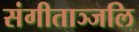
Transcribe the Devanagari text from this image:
संगीताञ्जलि